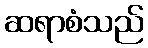
ဆရာစံသည်